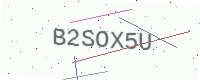
Text: B2SOX5U